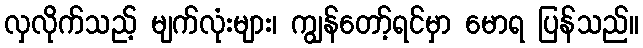
လှလိုက်သည့် မျက်လုံးများ၊ ကျွန်တော့်ရင်မှာ မောရ ပြန်သည်။